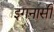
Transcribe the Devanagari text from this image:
इगनासी